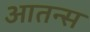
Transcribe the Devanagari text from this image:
आतन्स